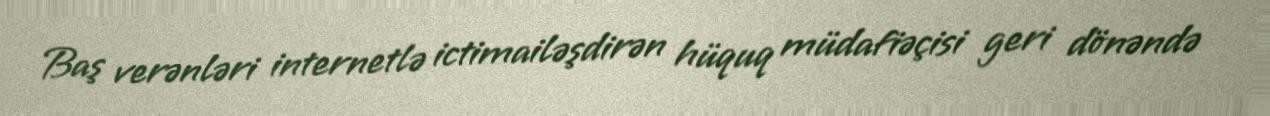
Baş verənləri internetlə ictimailəşdirən hüquq müdafiəçisi geri dönəndə